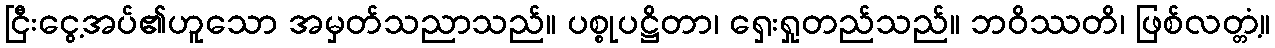
ငြီးငွေ့အပ်၏ဟူသော အမှတ်သညာသည်။ ပစ္စုပဋ္ဌိတာ၊ ရှေးရှုတည်သည်။ ဘဝိဿတိ၊ ဖြစ်လတ္တံ့။